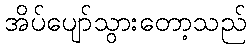
အိပ်ပျော်သွားတော့သည်